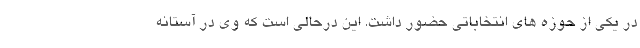
در یکی از حوزه های انتخاباتی حضور داشت. این درحالی است که وی در آستانه